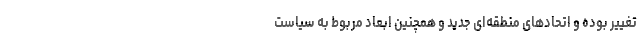
تغییر بوده و اتحادهای منطقه‌ای جدید و همچنین ابعاد مربوط به سیاست